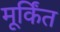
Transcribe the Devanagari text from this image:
मूर्किंत